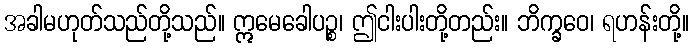
အခါမဟုတ်သည်တို့သည်။ ဣမေခေါပဉ္စ၊ ဤငါးပါးတို့တည်း။ ဘိက္ခဝေ၊ ရဟန်းတို့။